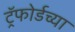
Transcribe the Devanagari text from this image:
ट्रॅफोर्डच्या